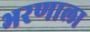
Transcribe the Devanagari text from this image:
भरणाला